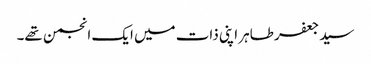
سید جعفر طاہر اپنی ذات میں ایک انجمن تھے۔